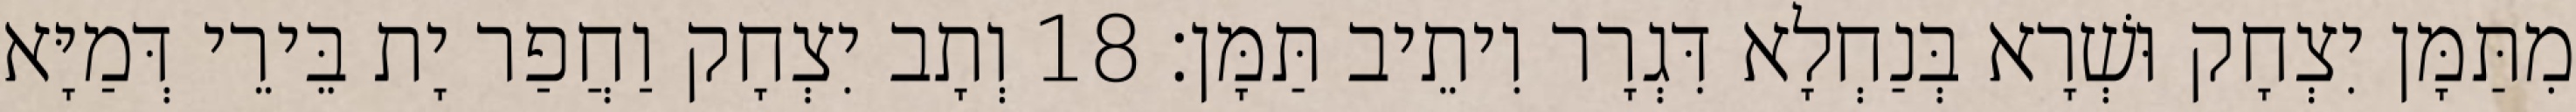
מִתַּמָּן יִצְחָק וּשְׁרָא בְּנַחְלָא דִּגְרָר וִיתֵיב תַּמָּן׃ 18 וְתָב יִצְחָק וַחֲפַר יָת בֵּירֵי דְּמַיָּא